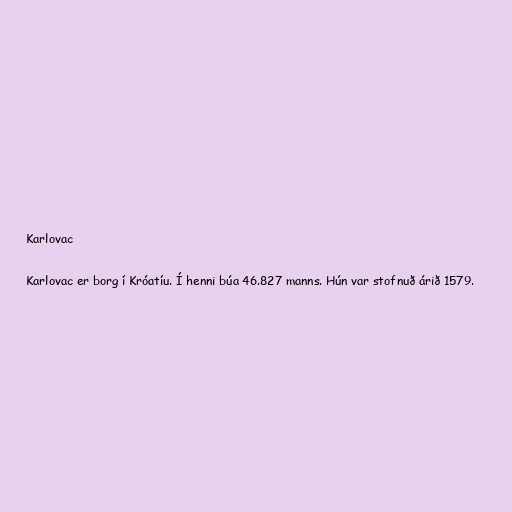
Karlovac

Karlovac er borg í Króatíu. Í henni búa 46.827 manns. Hún var stofnuð árið 1579.